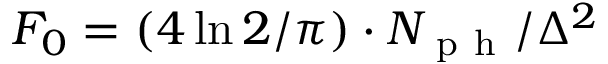
F _ { 0 } = ( 4 \ln 2 / \pi ) \cdot N _ { \mathrm { ~ p ~ h ~ } } / \Delta ^ { 2 }